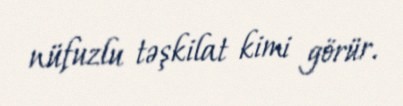
nüfuzlu təşkilat kimi görür.